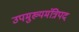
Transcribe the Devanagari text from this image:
उपमुख्यमंत्रिपद